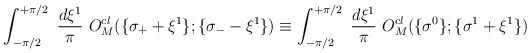
\begin{align*}\int_{-\pi/2}^{+\pi/2} ~\frac{d\xi^1}{\pi} ~ O_{M}^{cl}(\{ \sigma_{+} + \xi^1 \}; \{ \sigma_{-} - \xi^1 \} ) \equiv \int_{-\pi/2}^{+\pi/2}~ \frac{d\xi^1}{\pi}~ O_{M}^{cl}(\{ \sigma^{0} \};\{ \sigma^1 + \xi^1 \} )\end{align*}